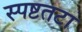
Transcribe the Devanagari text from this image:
स्पष्टतटा